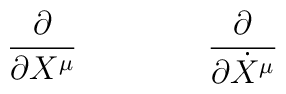
\frac{\partial}{\partial X^\mu} \qquad \textrm \qquad  \frac{\partial}{\partial \dot X^\mu}